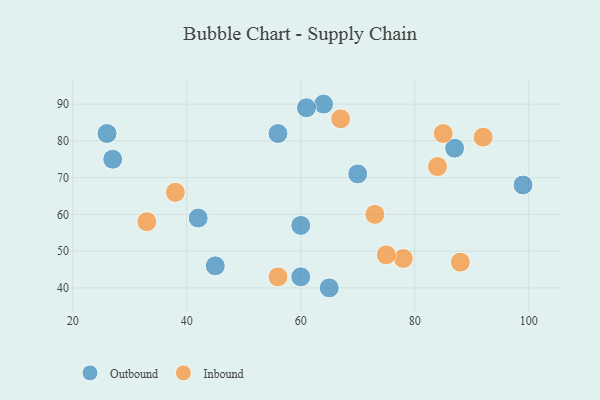
{"axis": {"x": "GDP", "y": "Life Expectancy"}, "legend": ["Inbound", "Outbound"], "data": [{"x": "27", "y": 75, "type": "Outbound"}, {"x": "45", "y": 46, "type": "Outbound"}, {"x": "42", "y": 59, "type": "Outbound"}, {"x": "64", "y": 90, "type": "Outbound"}, {"x": "60", "y": 57, "type": "Outbound"}, {"x": "99", "y": 68, "type": "Outbound"}, {"x": "87", "y": 78, "type": "Outbound"}, {"x": "56", "y": 82, "type": "Outbound"}, {"x": "60", "y": 43, "type": "Outbound"}, {"x": "26", "y": 82, "type": "Outbound"}, {"x": "61", "y": 89, "type": "Outbound"}, {"x": "70", "y": 71, "type": "Outbound"}, {"x": "65", "y": 40, "type": "Outbound"}, {"x": "33", "y": 58, "type": "Inbound"}, {"x": "78", "y": 48, "type": "Inbound"}, {"x": "85", "y": 82, "type": "Inbound"}, {"x": "92", "y": 81, "type": "Inbound"}, {"x": "67", "y": 86, "type": "Inbound"}, {"x": "38", "y": 66, "type": "Inbound"}, {"x": "56", "y": 43, "type": "Inbound"}, {"x": "84", "y": 73, "type": "Inbound"}, {"x": "75", "y": 49, "type": "Inbound"}, {"x": "88", "y": 47, "type": "Inbound"}, {"x": "73", "y": 60, "type": "Inbound"}]}